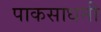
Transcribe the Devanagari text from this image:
पाकसाधनी